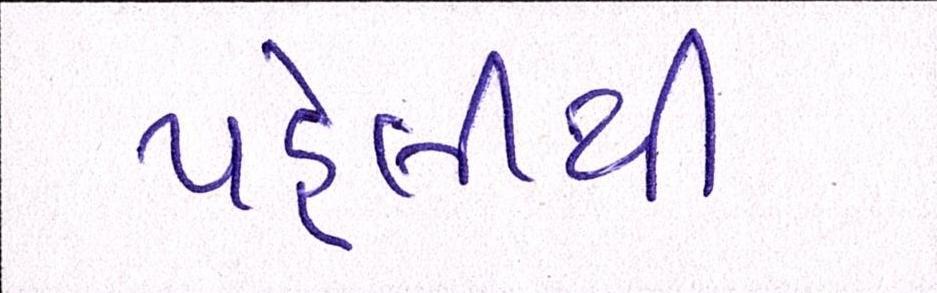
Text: પહેલીથી